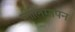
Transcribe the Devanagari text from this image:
नीलिमापन